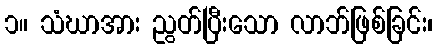
၁။ သံဃာအား ညွတ်ပြီးသော လာဘ်ဖြစ်ခြင်း၊